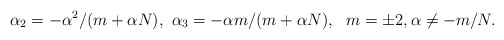
\begin{align*}\alpha_{2}=-\alpha ^2 /(m+\alpha N),~\alpha_{3}=-\alpha m/(m+\alpha N),~~m=\pm 2, \alpha\neq -m/N.\end{align*}